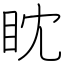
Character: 眈